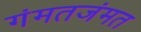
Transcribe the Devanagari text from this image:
गंमतजंमत